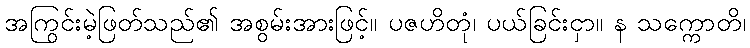
အကြွင်းမဲ့ဖြတ်သည်၏ အစွမ်းအားဖြင့်။ ပဇဟိတုံ၊ ပယ်ခြင်းငှာ။ န သက္ကောတိ၊